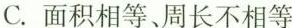
C.面积相等、周长不相等